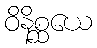
ဝိနိစ္ဆယေ